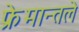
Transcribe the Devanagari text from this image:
फ्रेमान्तले